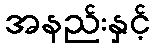
အနည်းနှင့်